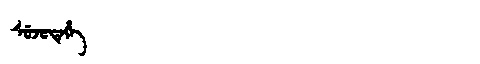
Manchu: ᠰᡠᠵᡠᡨᡝᡥᡝ
Romanization: SUJUTEHE